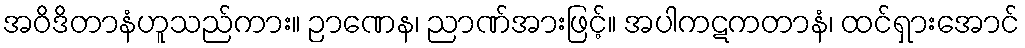
အဝိဒိတာနံဟူသည်ကား။ ဉာဏေန၊ ညာဏ်အားဖြင့်။ အပါကဋကတာနံ၊ ထင်ရှားအောင်